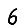
Digit: 6